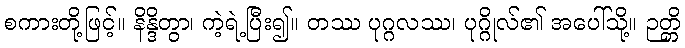
စကားတို့ဖြင့်။ နိန္ဒိတွာ၊ ကဲ့ရဲ့ပြီး၍။ တဿ ပုဂ္ဂလဿ၊ ပုဂ္ဂိုလ်၏ အပေါ်သို့။ ဉတ္တိ